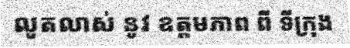
លូតលាស់ នូវ ឧត្តមភាព ពី ទីក្រុង